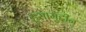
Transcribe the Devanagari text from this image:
हूसामुद्दीन